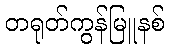
တရုတ်ကွန်မြူနစ်